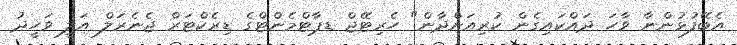
އެބޭފުޅުންނާ ވާހަ ދައްކައިގެން ކުރިއަށްދާން" ހެރިޓޭޖް ޑޕާޓްމެންޓްގެ ޑިރެކްޓަރް ޖެނެރަލް އަލީ ވަހީދު